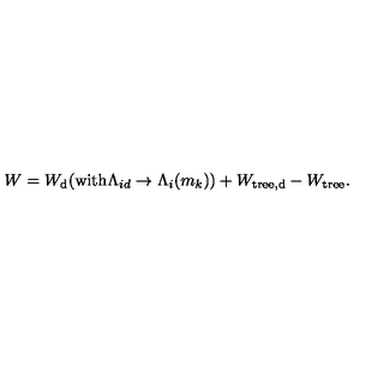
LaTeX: W = W _ { \mathrm { d } } ( \mathrm { w i t h } \Lambda _ { i d } \rightarrow \Lambda _ { i } ( m _ { k } ) ) \mathrm { } + W _ { \mathrm { t r e e , d } } - W _ { \mathrm { t r e e } } .